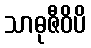
သာဓုဇီဝိပိ